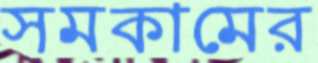
সমকামের